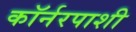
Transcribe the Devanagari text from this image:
कॉर्नरपाशी